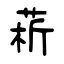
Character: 菥